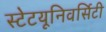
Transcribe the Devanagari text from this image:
स्टेटयूनिवर्सिटी